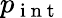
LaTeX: p_{\mathrm{~i~n~t~}}